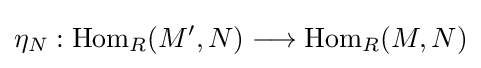
\eta _{N}:{\text{Hom}}_{R}(M',N)\longrightarrow {\text{Hom}}_{R}(M,N)